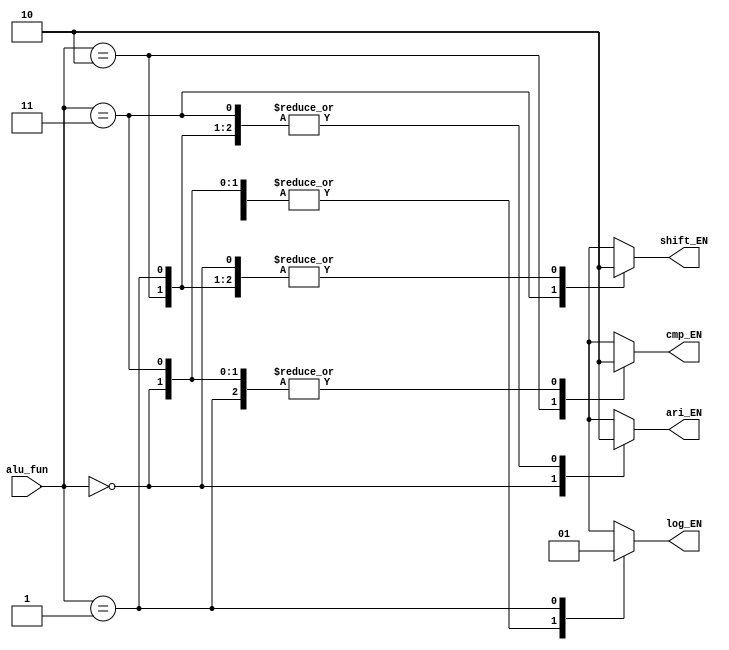
module dec_unit  // Parameterized design 

// Port declaration 

(     
       input           [1:0]     alu_fun,
       output    reg             ari_EN,
       output    reg             log_EN,
       output    reg             cmp_EN,
       output    reg             shift_EN
       );
       
         
              
       // combinational always 
       
 always @(*)  
       begin 
       ari_EN=1'b0;
       log_EN=1'b0;
       cmp_EN=1'b0;
       shift_EN=1'b0;
       casex(alu_fun)
         2'b00:ari_EN=1'b1;
         2'b11:shift_EN=1'b1;
         2'b10:cmp_EN=1'b1;
         2'b01:log_EN=1'b1;
         default: begin
                   ari_EN=1'b0;
                   log_EN=1'b0;
                   cmp_EN=1'b0;
                   shift_EN=1'b0;
                  end
       endcase           
       end         
endmodule